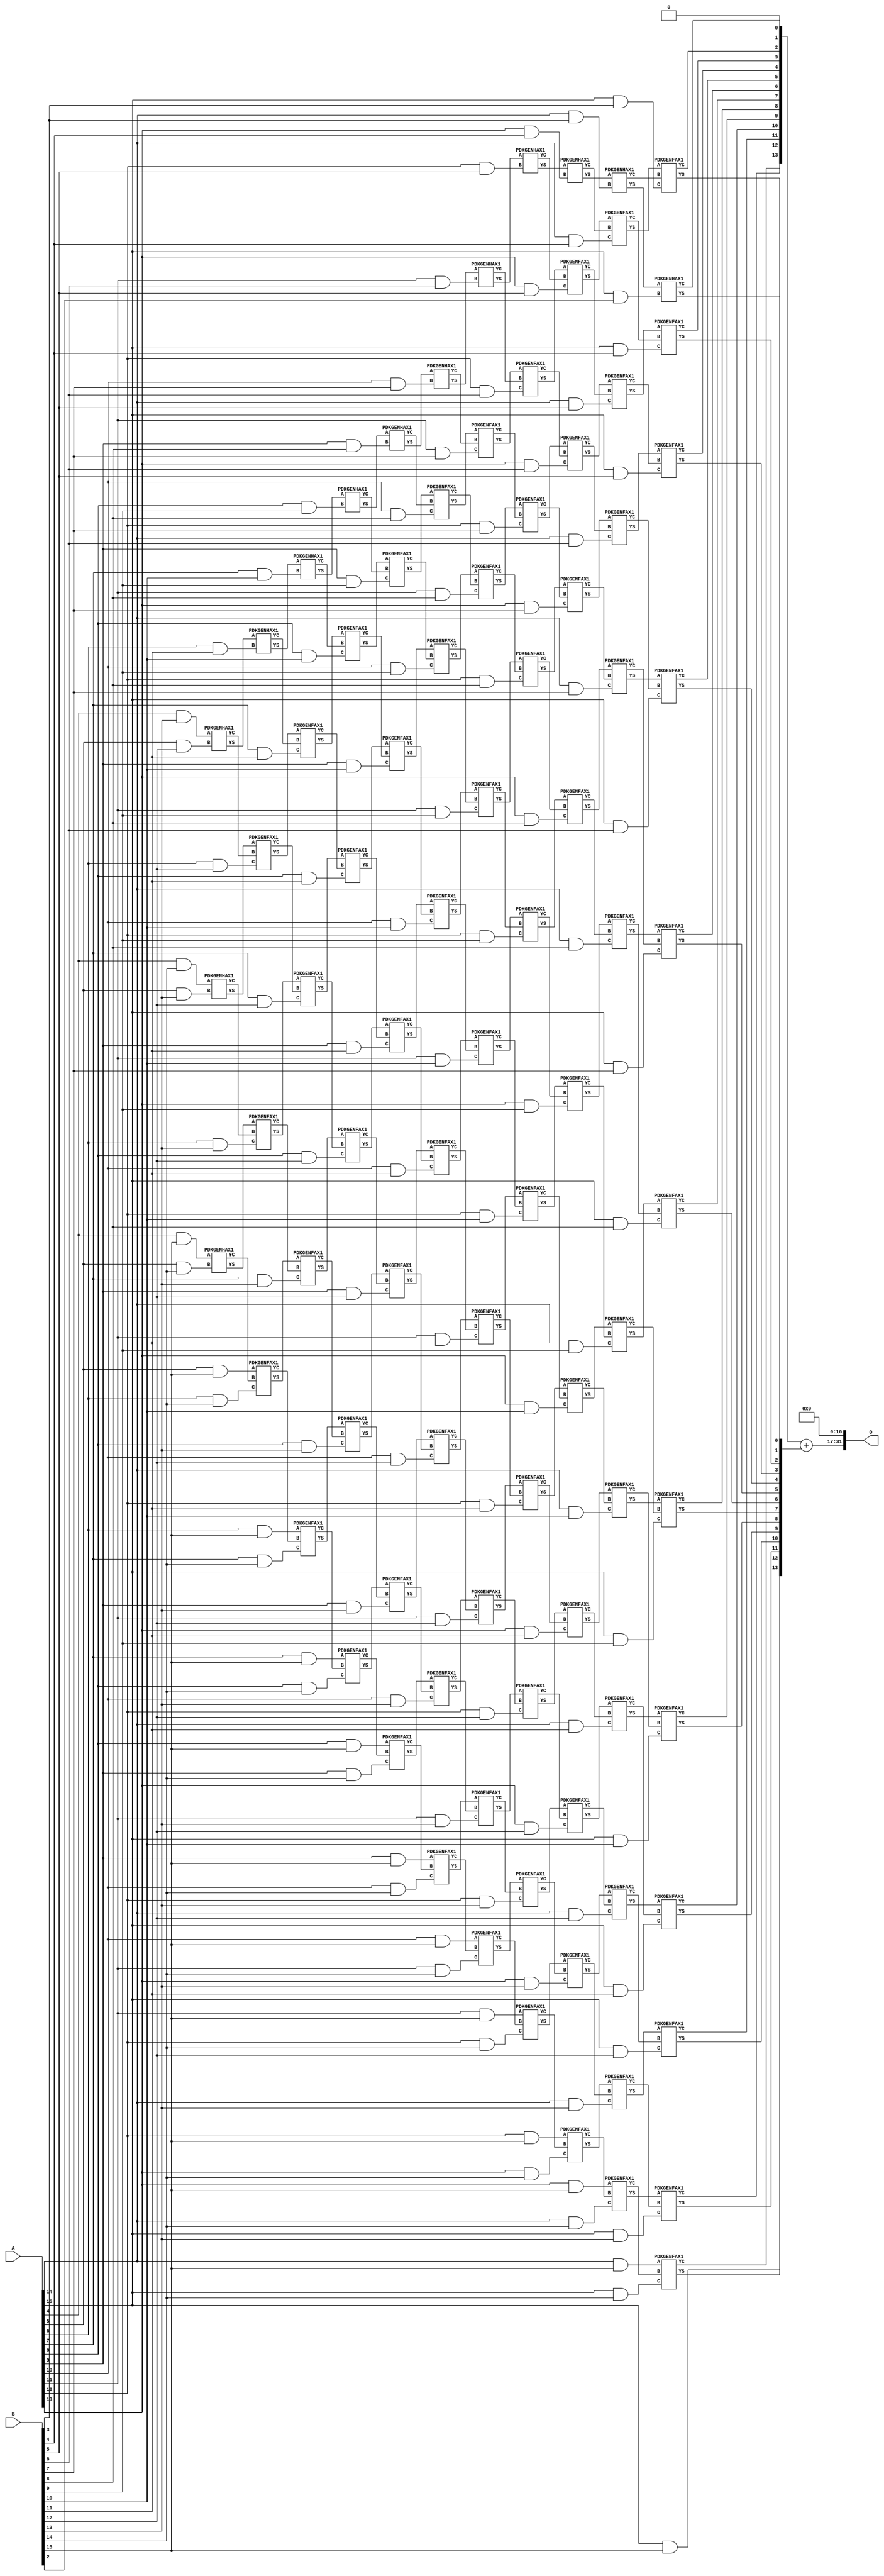
/***
* This code is a part of EvoApproxLib library (ehw.fit.vutbr.cz/approxlib) distributed under The MIT License.
* When used, please cite the following article(s): PRABAKARAN B. S., MRAZEK V., VASICEK Z., SEKANINA L., SHAFIQUE M. ApproxFPGAs: Embracing ASIC-based Approximate Arithmetic Components for FPGA-Based Systems. DAC 2020. 
***/
// MAE% = 0.014 %
// MAE = 622592 
// WCE% = 0.058 %
// WCE = 2490369 
// WCRE% = 100.00 %
// EP% = 99.99 %
// MRE% = 0.41 %
// MSE = 46704.777e7 
// FPGA_POWER = 2.6
// FPGA_DELAY = 13
// FPGA_LUT = 148


module mul16u_HBN ( A, B, O );
  input [15:0] A;
  input [15:0] B;
  output [31:0] O;

  wire C_10_10,C_10_11,C_10_12,C_10_13,C_10_14,C_10_7,C_10_8,C_10_9,C_11_10,C_11_11,C_11_12,C_11_13,C_11_14,C_11_6,C_11_7,C_11_8,C_11_9,C_12_10,C_12_11,C_12_12,C_12_13,C_12_14,C_12_5,C_12_6,C_12_7,C_12_8,C_12_9,C_13_10,C_13_11,C_13_12,C_13_13,C_13_14,C_13_4,C_13_5,C_13_6,C_13_7,C_13_8,C_13_9,C_14_10,C_14_11,C_14_12,C_14_13,C_14_14,C_14_3,C_14_4,C_14_5,C_14_6,C_14_7,C_14_8,C_14_9,C_15_10,C_15_11,C_15_12,C_15_13,C_15_14,C_15_2,C_15_3,C_15_4,C_15_5,C_15_6,C_15_7,C_15_8,C_15_9,C_5_12,C_5_13,C_5_14,C_6_11,C_6_12,C_6_13,C_6_14,C_7_10,C_7_11,C_7_12,C_7_13,C_7_14,C_8_10,C_8_11,C_8_12,C_8_13,C_8_14,C_8_9,C_9_10,C_9_11,C_9_12,C_9_13,C_9_14,C_9_8,C_9_9,S_10_10,S_10_11,S_10_12,S_10_13,S_10_14,S_10_15,S_10_7,S_10_8,S_10_9,S_11_10,S_11_11,S_11_12,S_11_13,S_11_14,S_11_15,S_11_6,S_11_7,S_11_8,S_11_9,S_12_10,S_12_11,S_12_12,S_12_13,S_12_14,S_12_15,S_12_5,S_12_6,S_12_7,S_12_8,S_12_9,S_13_10,S_13_11,S_13_12,S_13_13,S_13_14,S_13_15,S_13_4,S_13_5,S_13_6,S_13_7,S_13_8,S_13_9,S_14_10,S_14_11,S_14_12,S_14_13,S_14_14,S_14_15,S_14_3,S_14_4,S_14_5,S_14_6,S_14_7,S_14_8,S_14_9,S_15_10,S_15_11,S_15_12,S_15_13,S_15_14,S_15_15,S_15_2,S_15_3,S_15_4,S_15_5,S_15_6,S_15_7,S_15_8,S_15_9,S_16_1,S_16_10,S_16_11,S_16_12,S_16_13,S_16_14,S_16_15,S_16_2,S_16_3,S_16_4,S_16_5,S_16_6,S_16_7,S_16_8,S_16_9,S_4_13,S_4_14,S_4_15,S_5_12,S_5_13,S_5_14,S_5_15,S_6_11,S_6_12,S_6_13,S_6_14,S_6_15,S_7_10,S_7_11,S_7_12,S_7_13,S_7_14,S_7_15,S_8_10,S_8_11,S_8_12,S_8_13,S_8_14,S_8_15,S_8_9,S_9_10,S_9_11,S_9_12,S_9_13,S_9_14,S_9_15,S_9_8,S_9_9;

  assign S_4_13 = (A[4] & B[13]);
  assign S_4_14 = (A[4] & B[14]);
  assign S_4_15 = (A[4] & B[15]);
  PDKGENHAX1 U404653 (.A(S_4_13), .B((A[5] & B[12])), .YS(S_5_12), .YC(C_5_12));
  PDKGENHAX1 U404654 (.A(S_4_14), .B((A[5] & B[13])), .YS(S_5_13), .YC(C_5_13));
  PDKGENHAX1 U404655 (.A(S_4_15), .B((A[5] & B[14])), .YS(S_5_14), .YC(C_5_14));
  assign S_5_15 = (A[5] & B[15]);
  PDKGENHAX1 U404668 (.A(S_5_12), .B((A[6] & B[11])), .YS(S_6_11), .YC(C_6_11));
  PDKGENFAX1 U404669 (.A(S_5_13), .B(C_5_12), .C((A[6] & B[12])), .YS(S_6_12), .YC(C_6_12));
  PDKGENFAX1 U404670 (.A(S_5_14), .B(C_5_13), .C((A[6] & B[13])), .YS(S_6_13), .YC(C_6_13));
  PDKGENFAX1 U404671 (.A(S_5_15), .B(C_5_14), .C((A[6] & B[14])), .YS(S_6_14), .YC(C_6_14));
  assign S_6_15 = (A[6] & B[15]);
  PDKGENHAX1 U404683 (.A(S_6_11), .B((A[7] & B[10])), .YS(S_7_10), .YC(C_7_10));
  PDKGENFAX1 U404684 (.A(S_6_12), .B(C_6_11), .C((A[7] & B[11])), .YS(S_7_11), .YC(C_7_11));
  PDKGENFAX1 U404685 (.A(S_6_13), .B(C_6_12), .C((A[7] & B[12])), .YS(S_7_12), .YC(C_7_12));
  PDKGENFAX1 U404686 (.A(S_6_14), .B(C_6_13), .C((A[7] & B[13])), .YS(S_7_13), .YC(C_7_13));
  PDKGENFAX1 U404687 (.A(S_6_15), .B(C_6_14), .C((A[7] & B[14])), .YS(S_7_14), .YC(C_7_14));
  assign S_7_15 = (A[7] & B[15]);
  PDKGENHAX1 U404698 (.A(S_7_10), .B((A[8] & B[9])), .YS(S_8_9), .YC(C_8_9));
  PDKGENFAX1 U404699 (.A(S_7_11), .B(C_7_10), .C((A[8] & B[10])), .YS(S_8_10), .YC(C_8_10));
  PDKGENFAX1 U404700 (.A(S_7_12), .B(C_7_11), .C((A[8] & B[11])), .YS(S_8_11), .YC(C_8_11));
  PDKGENFAX1 U404701 (.A(S_7_13), .B(C_7_12), .C((A[8] & B[12])), .YS(S_8_12), .YC(C_8_12));
  PDKGENFAX1 U404702 (.A(S_7_14), .B(C_7_13), .C((A[8] & B[13])), .YS(S_8_13), .YC(C_8_13));
  PDKGENFAX1 U404703 (.A(S_7_15), .B(C_7_14), .C((A[8] & B[14])), .YS(S_8_14), .YC(C_8_14));
  assign S_8_15 = (A[8] & B[15]);
  PDKGENHAX1 U404713 (.A(S_8_9), .B((A[9] & B[8])), .YS(S_9_8), .YC(C_9_8));
  PDKGENFAX1 U404714 (.A(S_8_10), .B(C_8_9), .C((A[9] & B[9])), .YS(S_9_9), .YC(C_9_9));
  PDKGENFAX1 U404715 (.A(S_8_11), .B(C_8_10), .C((A[9] & B[10])), .YS(S_9_10), .YC(C_9_10));
  PDKGENFAX1 U404716 (.A(S_8_12), .B(C_8_11), .C((A[9] & B[11])), .YS(S_9_11), .YC(C_9_11));
  PDKGENFAX1 U404717 (.A(S_8_13), .B(C_8_12), .C((A[9] & B[12])), .YS(S_9_12), .YC(C_9_12));
  PDKGENFAX1 U404718 (.A(S_8_14), .B(C_8_13), .C((A[9] & B[13])), .YS(S_9_13), .YC(C_9_13));
  PDKGENFAX1 U404719 (.A(S_8_15), .B(C_8_14), .C((A[9] & B[14])), .YS(S_9_14), .YC(C_9_14));
  assign S_9_15 = (A[9] & B[15]);
  PDKGENHAX1 U404728 (.A(S_9_8), .B((A[10] & B[7])), .YS(S_10_7), .YC(C_10_7));
  PDKGENFAX1 U404729 (.A(S_9_9), .B(C_9_8), .C((A[10] & B[8])), .YS(S_10_8), .YC(C_10_8));
  PDKGENFAX1 U404730 (.A(S_9_10), .B(C_9_9), .C((A[10] & B[9])), .YS(S_10_9), .YC(C_10_9));
  PDKGENFAX1 U404731 (.A(S_9_11), .B(C_9_10), .C((A[10] & B[10])), .YS(S_10_10), .YC(C_10_10));
  PDKGENFAX1 U404732 (.A(S_9_12), .B(C_9_11), .C((A[10] & B[11])), .YS(S_10_11), .YC(C_10_11));
  PDKGENFAX1 U404733 (.A(S_9_13), .B(C_9_12), .C((A[10] & B[12])), .YS(S_10_12), .YC(C_10_12));
  PDKGENFAX1 U404734 (.A(S_9_14), .B(C_9_13), .C((A[10] & B[13])), .YS(S_10_13), .YC(C_10_13));
  PDKGENFAX1 U404735 (.A(S_9_15), .B(C_9_14), .C((A[10] & B[14])), .YS(S_10_14), .YC(C_10_14));
  assign S_10_15 = (A[10] & B[15]);
  PDKGENHAX1 U404743 (.A(S_10_7), .B((A[11] & B[6])), .YS(S_11_6), .YC(C_11_6));
  PDKGENFAX1 U404744 (.A(S_10_8), .B(C_10_7), .C((A[11] & B[7])), .YS(S_11_7), .YC(C_11_7));
  PDKGENFAX1 U404745 (.A(S_10_9), .B(C_10_8), .C((A[11] & B[8])), .YS(S_11_8), .YC(C_11_8));
  PDKGENFAX1 U404746 (.A(S_10_10), .B(C_10_9), .C((A[11] & B[9])), .YS(S_11_9), .YC(C_11_9));
  PDKGENFAX1 U404747 (.A(S_10_11), .B(C_10_10), .C((A[11] & B[10])), .YS(S_11_10), .YC(C_11_10));
  PDKGENFAX1 U404748 (.A(S_10_12), .B(C_10_11), .C((A[11] & B[11])), .YS(S_11_11), .YC(C_11_11));
  PDKGENFAX1 U404749 (.A(S_10_13), .B(C_10_12), .C((A[11] & B[12])), .YS(S_11_12), .YC(C_11_12));
  PDKGENFAX1 U404750 (.A(S_10_14), .B(C_10_13), .C((A[11] & B[13])), .YS(S_11_13), .YC(C_11_13));
  PDKGENFAX1 U404751 (.A(S_10_15), .B(C_10_14), .C((A[11] & B[14])), .YS(S_11_14), .YC(C_11_14));
  assign S_11_15 = (A[11] & B[15]);
  PDKGENHAX1 U404758 (.A(S_11_6), .B((A[12] & B[5])), .YS(S_12_5), .YC(C_12_5));
  PDKGENFAX1 U404759 (.A(S_11_7), .B(C_11_6), .C((A[12] & B[6])), .YS(S_12_6), .YC(C_12_6));
  PDKGENFAX1 U404760 (.A(S_11_8), .B(C_11_7), .C((A[12] & B[7])), .YS(S_12_7), .YC(C_12_7));
  PDKGENFAX1 U404761 (.A(S_11_9), .B(C_11_8), .C((A[12] & B[8])), .YS(S_12_8), .YC(C_12_8));
  PDKGENFAX1 U404762 (.A(S_11_10), .B(C_11_9), .C((A[12] & B[9])), .YS(S_12_9), .YC(C_12_9));
  PDKGENFAX1 U404763 (.A(S_11_11), .B(C_11_10), .C((A[12] & B[10])), .YS(S_12_10), .YC(C_12_10));
  PDKGENFAX1 U404764 (.A(S_11_12), .B(C_11_11), .C((A[12] & B[11])), .YS(S_12_11), .YC(C_12_11));
  PDKGENFAX1 U404765 (.A(S_11_13), .B(C_11_12), .C((A[12] & B[12])), .YS(S_12_12), .YC(C_12_12));
  PDKGENFAX1 U404766 (.A(S_11_14), .B(C_11_13), .C((A[12] & B[13])), .YS(S_12_13), .YC(C_12_13));
  PDKGENFAX1 U404767 (.A(S_11_15), .B(C_11_14), .C((A[12] & B[14])), .YS(S_12_14), .YC(C_12_14));
  assign S_12_15 = (A[12] & B[15]);
  PDKGENHAX1 U404773 (.A(S_12_5), .B((A[13] & B[4])), .YS(S_13_4), .YC(C_13_4));
  PDKGENFAX1 U404774 (.A(S_12_6), .B(C_12_5), .C((A[13] & B[5])), .YS(S_13_5), .YC(C_13_5));
  PDKGENFAX1 U404775 (.A(S_12_7), .B(C_12_6), .C((A[13] & B[6])), .YS(S_13_6), .YC(C_13_6));
  PDKGENFAX1 U404776 (.A(S_12_8), .B(C_12_7), .C((A[13] & B[7])), .YS(S_13_7), .YC(C_13_7));
  PDKGENFAX1 U404777 (.A(S_12_9), .B(C_12_8), .C((A[13] & B[8])), .YS(S_13_8), .YC(C_13_8));
  PDKGENFAX1 U404778 (.A(S_12_10), .B(C_12_9), .C((A[13] & B[9])), .YS(S_13_9), .YC(C_13_9));
  PDKGENFAX1 U404779 (.A(S_12_11), .B(C_12_10), .C((A[13] & B[10])), .YS(S_13_10), .YC(C_13_10));
  PDKGENFAX1 U404780 (.A(S_12_12), .B(C_12_11), .C((A[13] & B[11])), .YS(S_13_11), .YC(C_13_11));
  PDKGENFAX1 U404781 (.A(S_12_13), .B(C_12_12), .C((A[13] & B[12])), .YS(S_13_12), .YC(C_13_12));
  PDKGENFAX1 U404782 (.A(S_12_14), .B(C_12_13), .C((A[13] & B[13])), .YS(S_13_13), .YC(C_13_13));
  PDKGENFAX1 U404783 (.A(S_12_15), .B(C_12_14), .C((A[13] & B[14])), .YS(S_13_14), .YC(C_13_14));
  assign S_13_15 = (A[13] & B[15]);
  PDKGENHAX1 U404788 (.A(S_13_4), .B((A[14] & B[3])), .YS(S_14_3), .YC(C_14_3));
  PDKGENFAX1 U404789 (.A(S_13_5), .B(C_13_4), .C((A[14] & B[4])), .YS(S_14_4), .YC(C_14_4));
  PDKGENFAX1 U404790 (.A(S_13_6), .B(C_13_5), .C((A[14] & B[5])), .YS(S_14_5), .YC(C_14_5));
  PDKGENFAX1 U404791 (.A(S_13_7), .B(C_13_6), .C((A[14] & B[6])), .YS(S_14_6), .YC(C_14_6));
  PDKGENFAX1 U404792 (.A(S_13_8), .B(C_13_7), .C((A[14] & B[7])), .YS(S_14_7), .YC(C_14_7));
  PDKGENFAX1 U404793 (.A(S_13_9), .B(C_13_8), .C((A[14] & B[8])), .YS(S_14_8), .YC(C_14_8));
  PDKGENFAX1 U404794 (.A(S_13_10), .B(C_13_9), .C((A[14] & B[9])), .YS(S_14_9), .YC(C_14_9));
  PDKGENFAX1 U404795 (.A(S_13_11), .B(C_13_10), .C((A[14] & B[10])), .YS(S_14_10), .YC(C_14_10));
  PDKGENFAX1 U404796 (.A(S_13_12), .B(C_13_11), .C((A[14] & B[11])), .YS(S_14_11), .YC(C_14_11));
  PDKGENFAX1 U404797 (.A(S_13_13), .B(C_13_12), .C((A[14] & B[12])), .YS(S_14_12), .YC(C_14_12));
  PDKGENFAX1 U404798 (.A(S_13_14), .B(C_13_13), .C((A[14] & B[13])), .YS(S_14_13), .YC(C_14_13));
  PDKGENFAX1 U404799 (.A(S_13_15), .B(C_13_14), .C((A[14] & B[14])), .YS(S_14_14), .YC(C_14_14));
  assign S_14_15 = (A[14] & B[15]);
  PDKGENHAX1 U404803 (.A(S_14_3), .B((A[15] & B[2])), .YS(S_15_2), .YC(C_15_2));
  PDKGENFAX1 U404804 (.A(S_14_4), .B(C_14_3), .C((A[15] & B[3])), .YS(S_15_3), .YC(C_15_3));
  PDKGENFAX1 U404805 (.A(S_14_5), .B(C_14_4), .C((A[15] & B[4])), .YS(S_15_4), .YC(C_15_4));
  PDKGENFAX1 U404806 (.A(S_14_6), .B(C_14_5), .C((A[15] & B[5])), .YS(S_15_5), .YC(C_15_5));
  PDKGENFAX1 U404807 (.A(S_14_7), .B(C_14_6), .C((A[15] & B[6])), .YS(S_15_6), .YC(C_15_6));
  PDKGENFAX1 U404808 (.A(S_14_8), .B(C_14_7), .C((A[15] & B[7])), .YS(S_15_7), .YC(C_15_7));
  PDKGENFAX1 U404809 (.A(S_14_9), .B(C_14_8), .C((A[15] & B[8])), .YS(S_15_8), .YC(C_15_8));
  PDKGENFAX1 U404810 (.A(S_14_10), .B(C_14_9), .C((A[15] & B[9])), .YS(S_15_9), .YC(C_15_9));
  PDKGENFAX1 U404811 (.A(S_14_11), .B(C_14_10), .C((A[15] & B[10])), .YS(S_15_10), .YC(C_15_10));
  PDKGENFAX1 U404812 (.A(S_14_12), .B(C_14_11), .C((A[15] & B[11])), .YS(S_15_11), .YC(C_15_11));
  PDKGENFAX1 U404813 (.A(S_14_13), .B(C_14_12), .C((A[15] & B[12])), .YS(S_15_12), .YC(C_15_12));
  PDKGENFAX1 U404814 (.A(S_14_14), .B(C_14_13), .C((A[15] & B[13])), .YS(S_15_13), .YC(C_15_13));
  PDKGENFAX1 U404815 (.A(S_14_15), .B(C_14_14), .C((A[15] & B[14])), .YS(S_15_14), .YC(C_15_14));
  assign S_15_15 = (A[15] & B[15]);
  assign {S_16_15, S_16_14, S_16_13, S_16_12, S_16_11, S_16_10, S_16_9, S_16_8, S_16_7, S_16_6, S_16_5, S_16_4, S_16_3, S_16_2, S_16_1} = {C_15_14, C_15_13, C_15_12, C_15_11, C_15_10, C_15_9, C_15_8, C_15_7, C_15_6, C_15_5, C_15_4, C_15_3, C_15_2, 1'b0} + {S_15_15, S_15_14, S_15_13, S_15_12, S_15_11, S_15_10, S_15_9, S_15_8, S_15_7, S_15_6, S_15_5, S_15_4, S_15_3, S_15_2};
  assign O = {S_16_15,S_16_14,S_16_13,S_16_12,S_16_11,S_16_10,S_16_9,S_16_8,S_16_7,S_16_6,S_16_5,S_16_4,S_16_3,S_16_2,S_16_1,1'b0,1'b0,1'b0,1'b0,1'b0,1'b0,1'b0,1'b0,1'b0,1'b0,1'b0,1'b0,1'b0,1'b0,1'b0,1'b0,1'b0};

endmodule

/* mod */
module PDKGENFAX1( input A, input B, input C, output YS, output YC );
    assign YS = (A ^ B) ^ C;
    assign YC = (A & B) | (B & C) | (A & C);
endmodule
/* mod */
module PDKGENHAX1( input A, input B, output YS, output YC );
    assign YS = A ^ B;
    assign YC = A & B;
endmodule